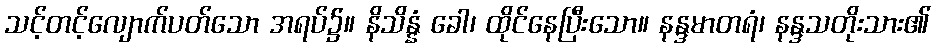
သင့်တင့်လျောက်ပတ်သော အရပ်၌။ နိသိန္နံ ခေါ၊ ထိုင်နေပြီးသော။ နန္ဒမာတရံ၊ နန္ဒသတိုးသား၏